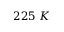
2 2 5 \ K